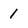
Character: 1